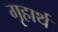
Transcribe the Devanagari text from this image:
गृहार्थ